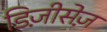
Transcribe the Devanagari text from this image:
डिज़ीसेज़